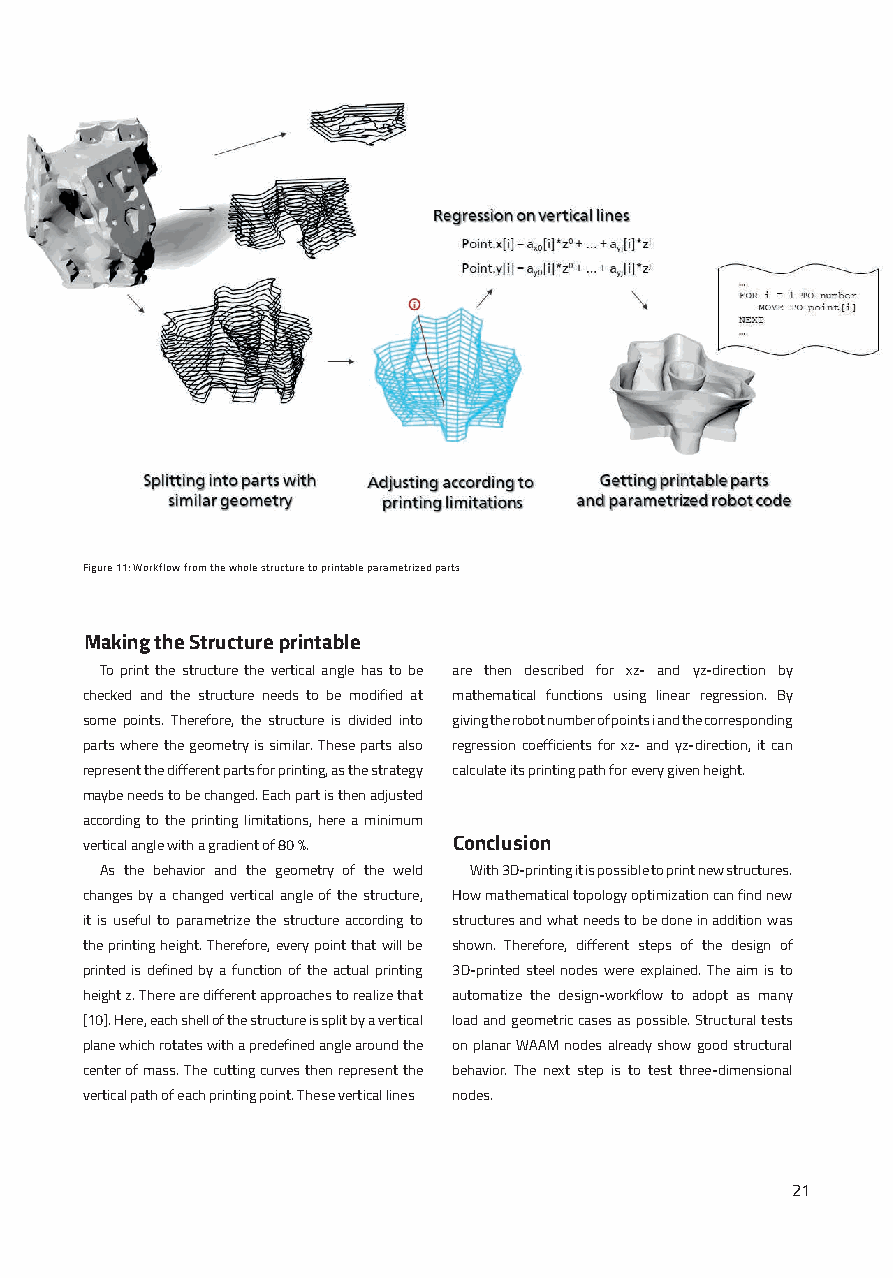
Figure 11: Workflow from the whole structure to printable parametrized parts
 Making the Structure printable
 To print the structure the vertical angle has to be are then described for xz- and yz-direction by
 checked and the structure needs to be modified at mathematical functions using linear regression. By
 some points. Therefore, the structure is divided into giving the robot number of points i and the corresponding
 parts where the geometry is similar. These parts also regression coefficients for xz- and yz-direction, it can
 represent the different parts for printing, as the strategy calculate its printing path for every given height.
 maybe needs to be changed. Each part is then adjusted
 according to the printing limitations, here a minimum
 vertical angle with a gradient of 80 %. Conclusion
 As the behavior and the geometry of the weld With 3D-printing it is possible to print new structures.
 changes by a changed vertical angle of the structure, How mathematical topology optimization can find new
 it is useful to parametrize the structure according to structures and what needs to be done in addition was
 the printing height. Therefore, every point that will be shown. Therefore, different steps of the design of
 printed is defined by a function of the actual printing 3D-printed steel nodes were explained. The aim is to
 height z. There are different approaches to realize that automatize the design-workflow to adopt as many
 [10]. Here, each shell of the structure is split by a vertical load and geometric cases as possible. Structural tests
 plane which rotates with a predefined angle around the on planar WAAM nodes already show good structural
 center of mass. The cutting curves then represent the behavior. The next step is to test three-dimensional
 vertical path of each printing point. These vertical lines nodes.
 21